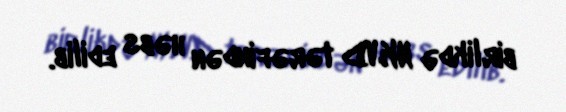
birlikdə NKVD tərəfindən həbs edilib.